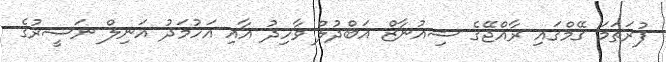
ފުރަތަމަ ގޭމްގައި ރާއްޖޭގެ ޝިއުނާޒް އަބްދުލް ވާހިދު އާއި އަހުމަދު އަނިލް ނަސީރުގެ